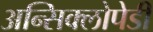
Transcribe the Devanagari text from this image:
अन्सिक्लोपेडी